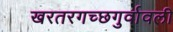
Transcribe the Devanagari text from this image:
खरतरगच्छगुर्वावली